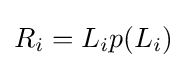
R_{i}=L_{i}p(L_{i})\,\!